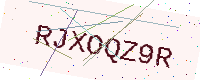
Text: RJXOQZ9R